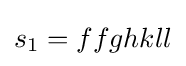
s_{1}=ffghkll